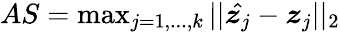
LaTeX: \begin{array}{r}{AS=\operatorname*{max}_{j=1,...,k}{||\hat{\boldsymbol{z}_{j}}-\boldsymbol{z}_{j}||_{2}}}\end{array}